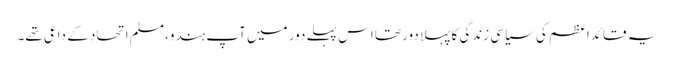
یہ قائداعظم کی سیاسی زندگی کا پہلا دور تھا اس پہلے دور میں آپ ہندو، مسلم اتحاد کے داعی تھے۔